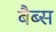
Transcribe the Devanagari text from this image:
बैब्स